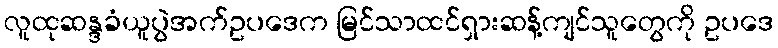
လူထုဆန္ဒခံယူပွဲအက်ဥပဒေက မြင်သာထင်ရှားဆန့်ကျင်သူတွေကို ဥပဒေ